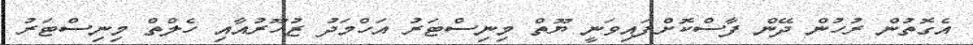
އެގޮތުން ރުހުން ދޭން ފާސްކޮށްފައިވަނީ ޔޫތް މިނިސްޓަރު އަހްމަދު ޒުހޫރުއާއި ހެލްތް މިނިސްޓަރު